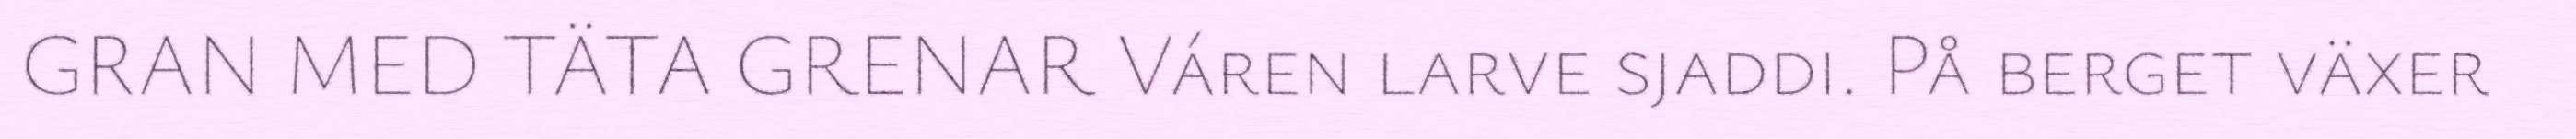
GRAN MED TÄTA GRENAR Váren larve sjaddi. På berget växer